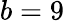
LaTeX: b=9